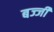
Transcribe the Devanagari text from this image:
बज्जी